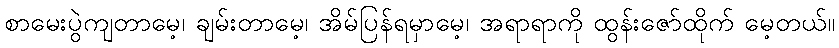
စာမေးပွဲကျတာမေ့၊ ချမ်းတာမေ့၊ အိမ်ပြန်ရမှာမေ့၊ အရာရာကို ထွန်းဇော်ထိုက် မေ့တယ်။